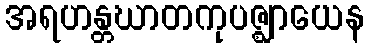
အရဟန္တဃာတကုပဇ္ဈာယေန